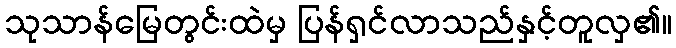
သုသာန်မြေတွင်းထဲမှ ပြန်ရှင်လာသည်နှင့်တူလှ၏။